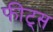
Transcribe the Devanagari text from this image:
फीट्स